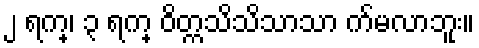
၂ ရက္၊ ၃ ရက္ ဝိတ္ကသိသိသာသာ က်မလာဘူး။